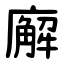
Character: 廨